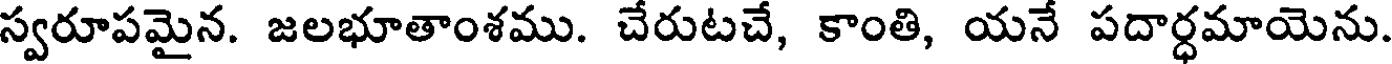
స్వరూపమైన. జలభూతాంశము. చేరుటచే, కాంతి, యనే పదార్ధమాయెను.